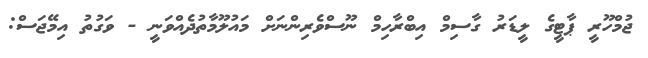
ޖުމްހޫރީ ޕާޓީގެ ލީޑަރު ގާސިމް އިބްރާހިމް ނޫސްވެރިންނަށް މައުލޫމާތުދެއްވަނީ - ވަގުތު އިމޭޖަސް: